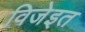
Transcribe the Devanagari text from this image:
विजेइत